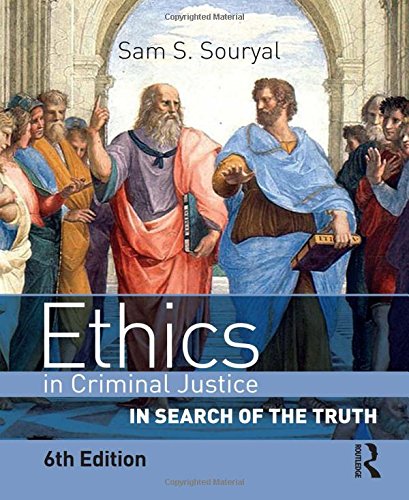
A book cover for Ethics in Criminal Justice: In Search of the Truth; Sam S. Souryal; Law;